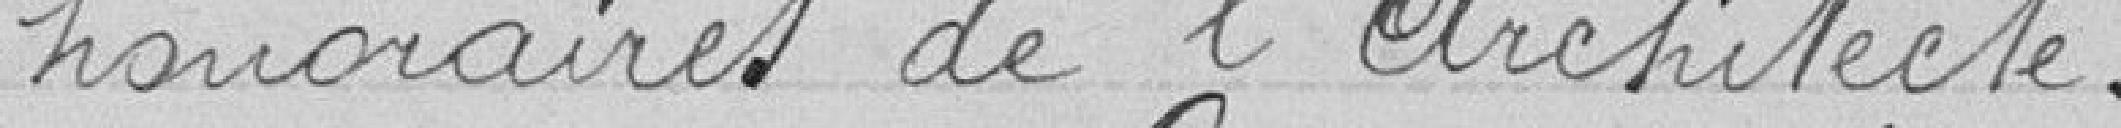
honoraires de l'Architecte.